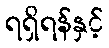
ရရှိရန်နှင့်